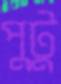
পুটু